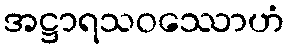
အဋ္ဌာရသဝဿောဟံ